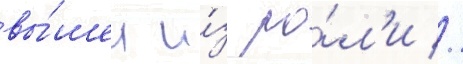
вы́шел и́з ро́л'и //